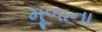
મૂળાના